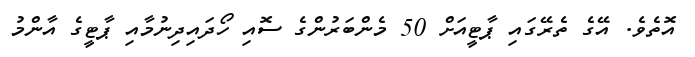
އޮތެވެ. އޭގެ ތެރޭގައި ޕާޓީއަށް 50 މެންބަރުންގެ ސޮއި ހޯދައިދިނުމާއި ޕާޓީގެ އާންމު